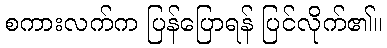
စကားလက်က ပြန်ပြောရန် ပြင်လိုက်၏။